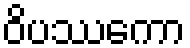
ဝိပဿကော